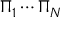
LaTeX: \Pi _ { 1 } \cdots \Pi _ { N }